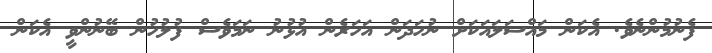
ފެނުމުންނެވެ. އެކަން މައްސަލައަކަށް ނުހަދަން އަހަރެން އުޅުނު ނަމަވެސް ފުލުހުން ބޭނުންވީ އެކަން